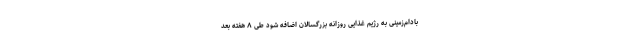
بادام‌زمینی به رژیم غذایی روزانه بزرگسالان اضافه شود طی ۸ هفته بعد